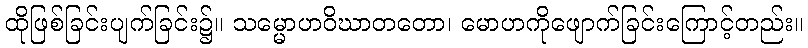
ထိုဖြစ်ခြင်းပျက်ခြင်း၌။ သမ္မောဟဝိဃာတတော၊ မောဟကိုဖျောက်ခြင်းကြောင့်တည်း။